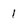
Character: 1